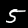
Digit: 5